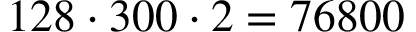
1 2 8 \cdot 3 0 0 \cdot 2 = 7 6 8 0 0